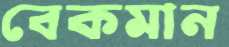
বেকমান